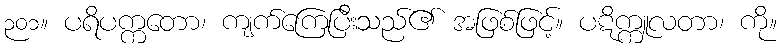
၃၀၁။ ပရိပက္ကတော၊ ကျက်ကြေပြီးသည်၏ အဖြစ်ဖြင့်။ ပဋိက္ကူလတာ၊ ကို။